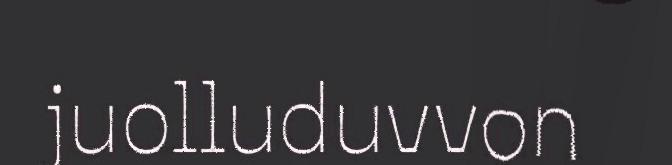
juolluduvvon